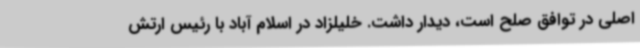
اصلی در توافق صلح است، دیدار داشت. خلیلزاد در اسلام آباد با رئیس ارتش